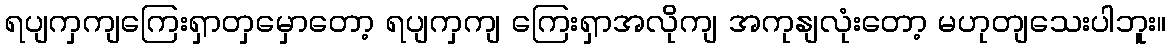
ရပျကှကျကြေးရှာတှမှောတော့ ရပျကှကျ ကြေးရှာအလိုကျ အကုနျလုံးတော့ မဟုတျသေးပါဘူး။